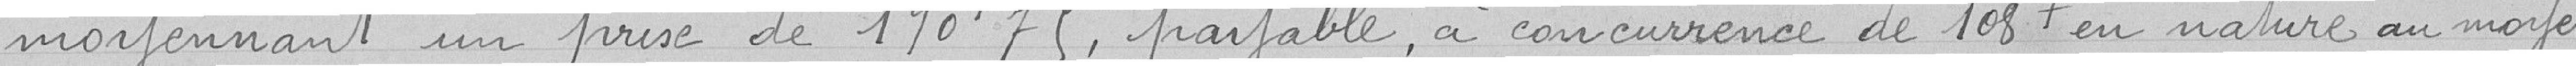
moyennant un prix de 190,75 francs, payable à concurrence de 108 francs en nature au moyen